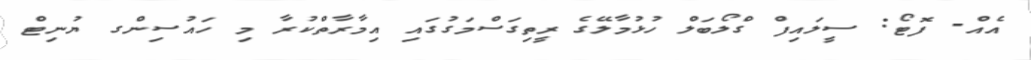
އެއް- ފޮޓޯ: ސީލައިފް ގްލޯބަލް ހުޅުމާލޭގެ ރީތިގަސްމަގުގައި އިމާރާތްކުރާ މި ހައުސިންގ ޔުނިޓް